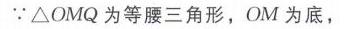
$\because \triangle  OMQ$ 为等腰三角形，$OM$ 为底，